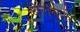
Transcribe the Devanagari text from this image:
बैलकरी